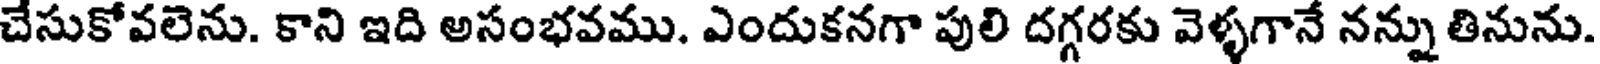
చేసుకోవలెను. కాని ఇది అసంభవము. ఎందుకనగా పులి దగ్గరకు వెళ్ళగానే నన్ను తినును.